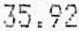
35.92